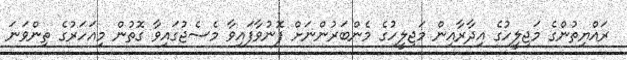
ރައްޔިތުންގެ މަޖިލީހުގެ އިދާރާއިން މަޖިލީހުގެ މެންބަރުންނަށް ފޮނުވާފައިވާ މެސެޖުގައިވާ ގޮތުން މިއަހަރުގެ ތިންވަނަ